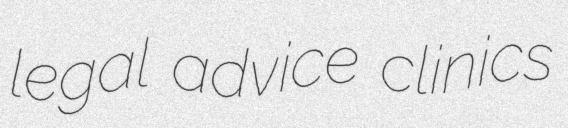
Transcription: legal advice clinics